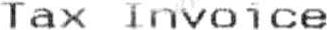
TAX INVOICE